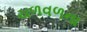
ચળવળના